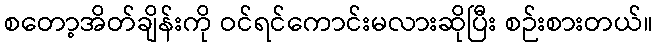
စတော့အိတ်ချိန်းကို ဝင်ရင်ကောင်းမလားဆိုပြီး စဉ်းစားတယ်။